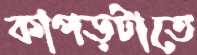
কাপড়টাতে